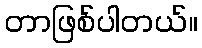
တာဖြစ်ပါတယ်။